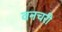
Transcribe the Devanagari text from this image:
वनचरी